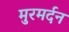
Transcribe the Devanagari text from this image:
मुरमर्दन